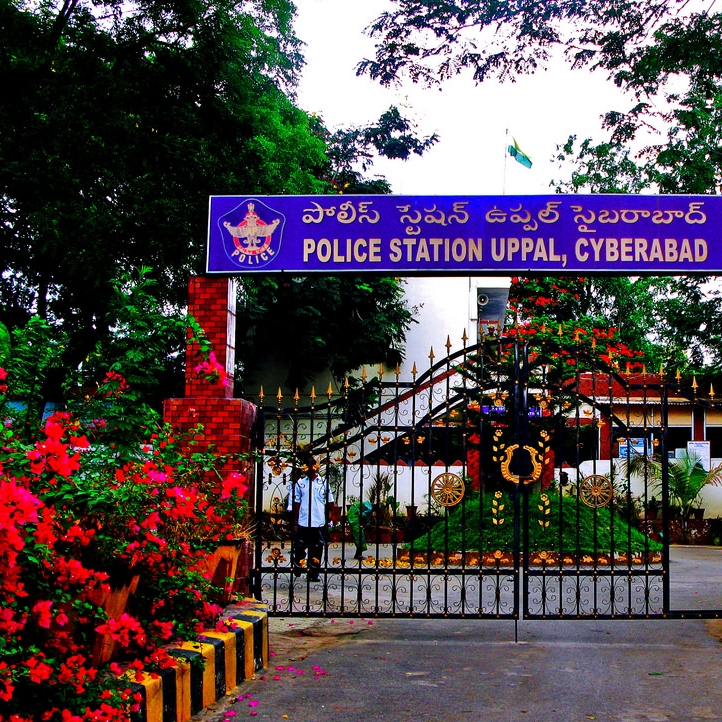
Language: telugu
Transcription: స్టేషన్ పోలీస్ సైబరాబాద్